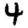
Digit: 4